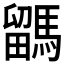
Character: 𩥖